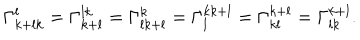
\Gamma _ { k + l k } ^ { l } = \Gamma _ { k + l } ^ { l k } = \Gamma _ { l k + l } ^ { k } = \Gamma _ { l } ^ { k k + l } = \Gamma _ { k l } ^ { k + l } = \Gamma _ { l k } ^ { k + l } .